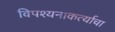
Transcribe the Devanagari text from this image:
विपश्यनाकर्त्याचा